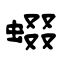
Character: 蝃